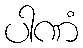
ပါဏံ